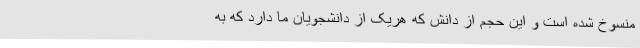
منسوخ شده است و این حجم از دانش که هریک از دانشجویان ما دارد که به